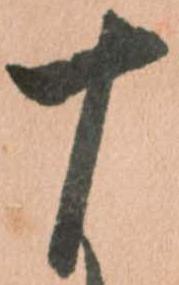
十